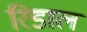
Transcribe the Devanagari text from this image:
रिडाल